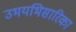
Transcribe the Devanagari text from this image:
उभयभिसारिका